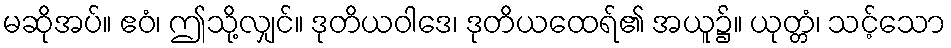
မဆိုအပ်။ ဧဝံ၊ ဤသို့လျှင်။ ဒုတိယဝါဒေ၊ ဒုတိယထေရ်၏ အယူ၌။ ယုတ္တံ၊ သင့်သော